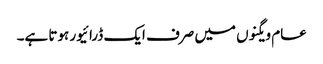
عام ویگنوں میں صرف ایک ڈرائیور ہوتا ہے۔